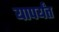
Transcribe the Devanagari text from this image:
यापर्यंत